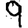
Digit: 9